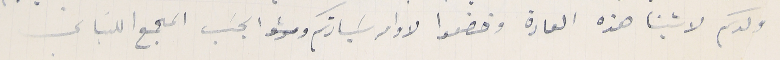
ولدكم لاشينا هذه العادة وخضعوا لاوامر سَيادتكم  بحسَب المجمع اللبنانى